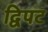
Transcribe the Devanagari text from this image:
द्विपट